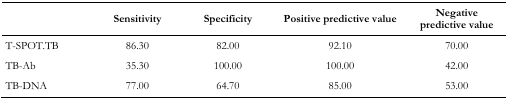
<table><thead><tr><td></td><td><b>Sensitivity</b></td><td><b>Specificity</b></td><td><b>Positive predictive value</b></td><td><b>Negative predictive value</b></td></tr></thead><tbody><tr><td>T-SPOT.TB</td><td>86.30</td><td>82.00</td><td>92.10</td><td>70.00</td></tr><tr><td>TB-Ab</td><td>35.30</td><td>100.00</td><td>100.00</td><td>42.00</td></tr><tr><td>TB-DNA</td><td>77.00</td><td>64.70</td><td>85.00</td><td>53.00</td></tr></tbody></table>